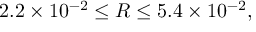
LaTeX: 2 . 2 \times 1 0 ^ { - 2 } \leq R \leq 5 . 4 \times 1 0 ^ { - 2 } ,